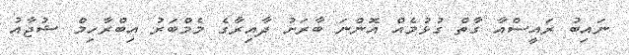
ނައިބު ރައީސްއާ ގާތް ގުޅުމެއް އޮންނަ ބާރަށު ދާއިރާގެ މެމްބަރު އިބްރާހިމް ޝުޖާއު